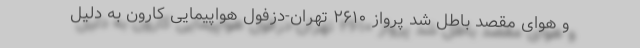
و هوای مقصد باطل شد پرواز ۲۶۱۰ تهران-دزفول هواپیمایی کارون به دلیل